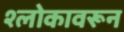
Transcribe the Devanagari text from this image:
श्लोकावरून